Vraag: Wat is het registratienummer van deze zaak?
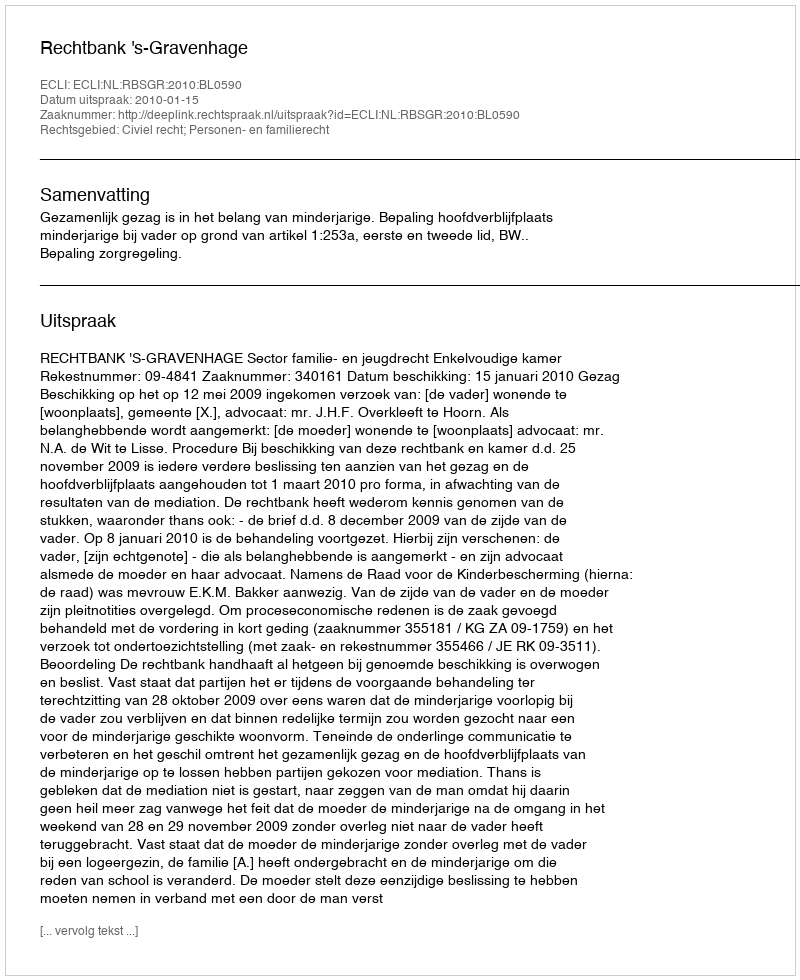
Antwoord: http://deeplink.rechtspraak.nl/uitspraak?id=ECLI:NL:RBSGR:2010:BL0590